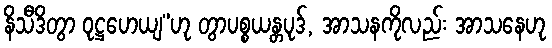
နိသီဒိတွာ ဝုဋ္ဌဟေယျ”ဟု တွာပစ္စယန္တပုဒ်, အာသနကိုလည်း အာသနေဟု